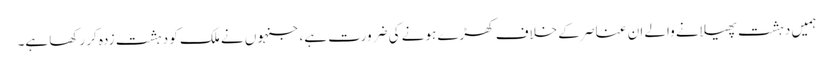
ہمیں دہشت پھیلانے والے ان عناصر کے خلاف کھڑے ہونے کی ضرورت ہے، جنہوں نے ملک کو دہشت زدہ کر رکھا ہے۔